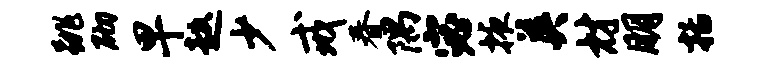
跳砌早趑少戒春隅宓掖英材朋括